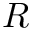
R